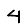
Digit: 4